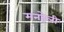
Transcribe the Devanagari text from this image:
मनहेली